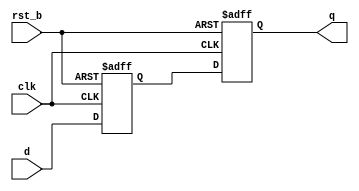
// This program was cloned from: https://github.com/ejfogleman/ef_smsdac
// License: Apache License 2.0

/*
 * Copyright (c) 2024 Eric Fogleman
 * SPDX-License-Identifier: Apache-2.0
 *
 * wrapper for retiming register
 * retime all DAC outputs to posedge clk
 */

module ef_smsdac_sync ( clk, rst_b, d, q );

  input clk;
  input rst_b;
  input  [7:0] d;
  output  [7:0] q;
  
    reg [7:0] q0, q;
    
    always @( posedge clk, negedge rst_b ) begin
      if ( rst_b == 1'b0 ) begin
          q0 <= 0;
          q <= 0;
      end
      // 2 stage sync flop
      else begin
        q0 <= d;	
        q <= q0;
      end
    end

endmodule